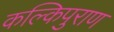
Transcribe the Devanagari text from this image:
कल्किपुराण